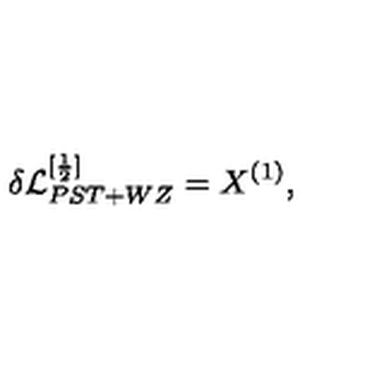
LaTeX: \delta { \cal L } _ { P S T + W Z } ^ { [ \frac { 1 } { 2 } ] } = X ^ { ( 1 ) } ,